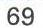
69